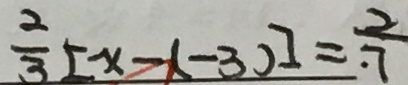
\frac { 2 } { 3 } [ x - ( - 3 ) ] = \frac { 2 } { 7 }